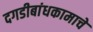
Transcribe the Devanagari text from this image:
दगडीबांधकामाचे